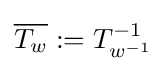
{\overline {T_{w}}}:=T_{w^{-1}}^{-1}